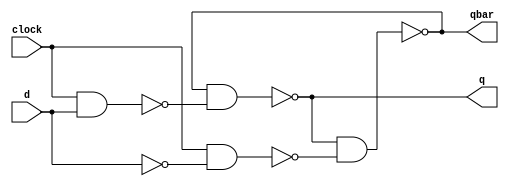
module dff(clock,d,q,qbar);
input clock,d;
output wire q,qbar;
wire d1,d2;
nand n1 (d1,clock,d);
nand n2 (d2,clock,(~d));
nand n3 (q,qbar,d1);
nand n4 (qbar,q,d2);
endmodule